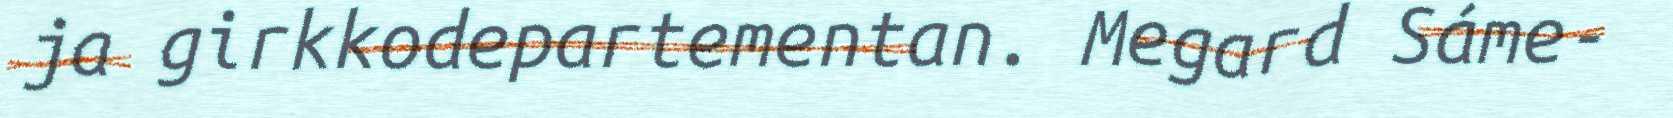
ja girkkodepartementan. Megard Sáme-